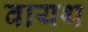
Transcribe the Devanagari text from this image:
वायथ